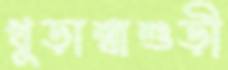
খুড়াশ্বাশুড়ী